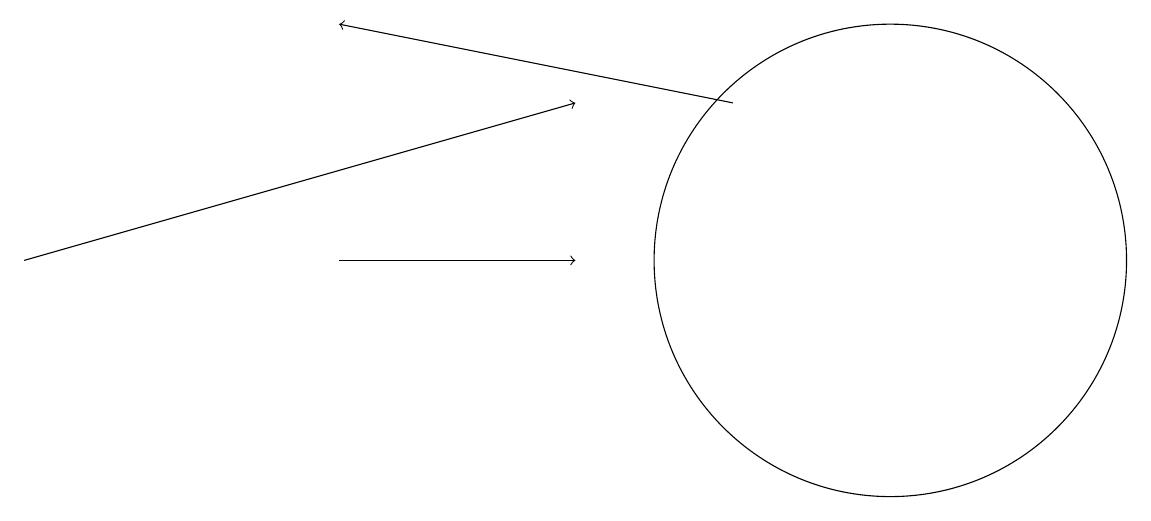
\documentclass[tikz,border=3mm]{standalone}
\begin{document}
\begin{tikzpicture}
\draw[->] (4,12) -- (7,12);
\draw (11,12) circle (3);
\draw[->] (9,14) -- (4,15);
\draw[->] (0,12) -- (7,14);
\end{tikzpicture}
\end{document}